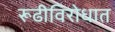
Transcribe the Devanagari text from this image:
रूढीविरोधात